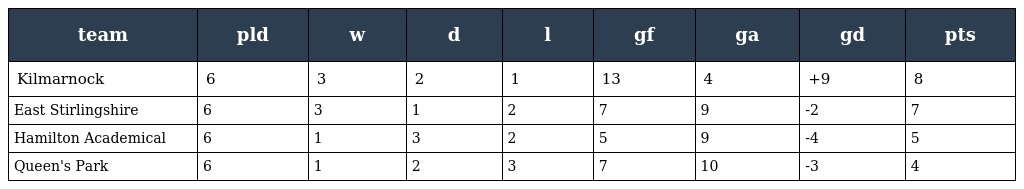
| team | pld | w | d | l | gf | ga | gd | pts |
 | --- | --- | --- | --- | --- | --- | --- | --- | --- |
 | Kilmarnock | 6 | 3 | 2 | 1 | 13 | 4 | +9 | 8 |
 | East Stirlingshire | 6 | 3 | 1 | 2 | 7 | 9 | -2 | 7 |
 | Hamilton Academical | 6 | 1 | 3 | 2 | 5 | 9 | -4 | 5 |
 | Queen's Park | 6 | 1 | 2 | 3 | 7 | 10 | -3 | 4 |